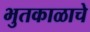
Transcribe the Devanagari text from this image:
भुतकाळाचे